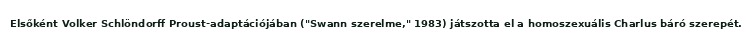
Elsőként Volker Schlöndorff Proust-adaptációjában ("Swann szerelme," 1983) játszotta el a homoszexuális Charlus báró szerepét.